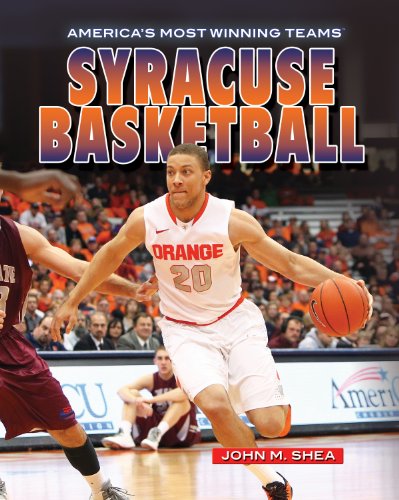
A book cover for Syracuse Basketball (America's Most Winning Teams); John Shea; Teen & Young Adult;